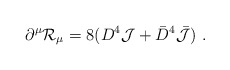
\begin{align*}\partial^\mu {\cal R}_\mu =8 (D^4 {\cal J} + {\bar D}^4 {\bar{\cal J}})\ . \end{align*}